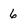
Character: 6